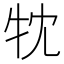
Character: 𤘣